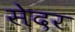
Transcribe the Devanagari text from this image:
सेदर